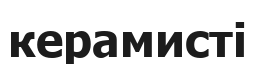
керамисті